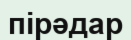
пірәдар